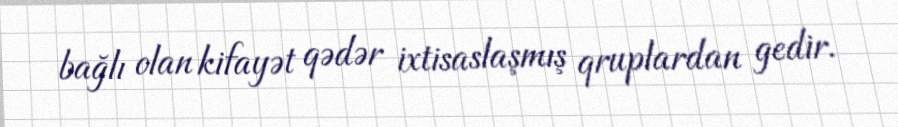
bağlı olan kifayət qədər ixtisaslaşmış qruplardan gedir.